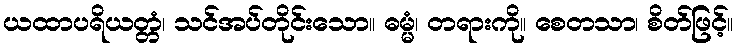
ယထာပရိယတ္တံ၊ သင်အပ်တိုင်းသော။ ဓမ္မံ၊ တရားကို။ စေတသာ၊ စိတ်ဖြင့်။